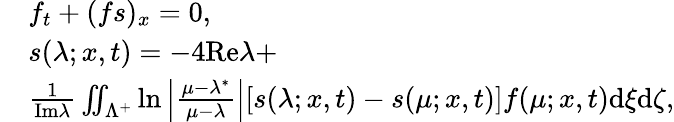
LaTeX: \begin{array}{rl}&{f_{t}+(fs)_{x}=0,}\\ &{s(\lambda;x,t)=-4\mathrm{Re}\lambda+}\\ &{\frac{1}{\mathrm{Im}\lambda}\iint_{\Lambda^{+}}\ln\left|\frac{\mu-\lambda^{*}}{\mu-\lambda}\right|[s(\lambda;x,t)-s(\mu;x,t)]f(\mu;x,t)\mathrm{d}\xi\mathrm{d}\zeta,}\end{array}